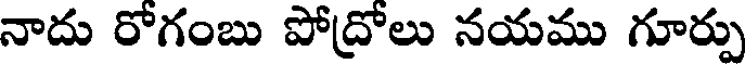
నాదు రోగంబు పోద్రోలు నయము గూర్పు